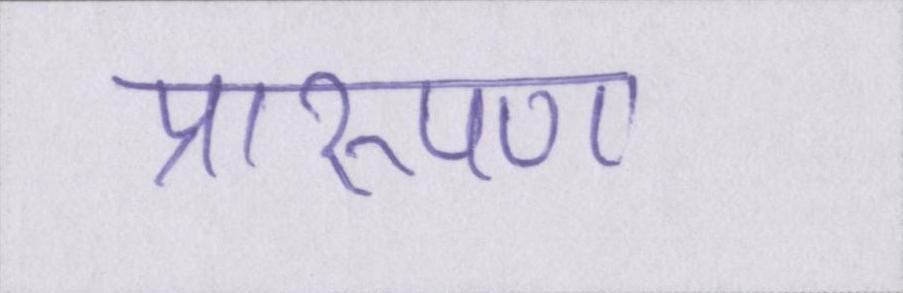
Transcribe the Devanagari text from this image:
प्रारूपण